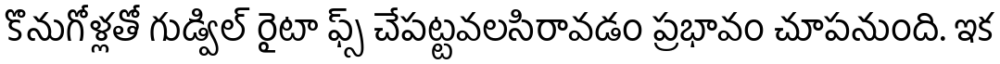
కొనుగోళ్లతో గుడ్విల్ రైటా ఫ్స్ చేపట్టవలసిరావడం ప్రభావం చూపనుంది. ఇక